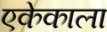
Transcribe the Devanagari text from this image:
एकेकाला